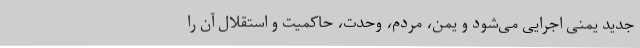
جدید یمنی اجرایی می‌شود و یمن، مردم، وحدت، حاکمیت و استقلال آن را